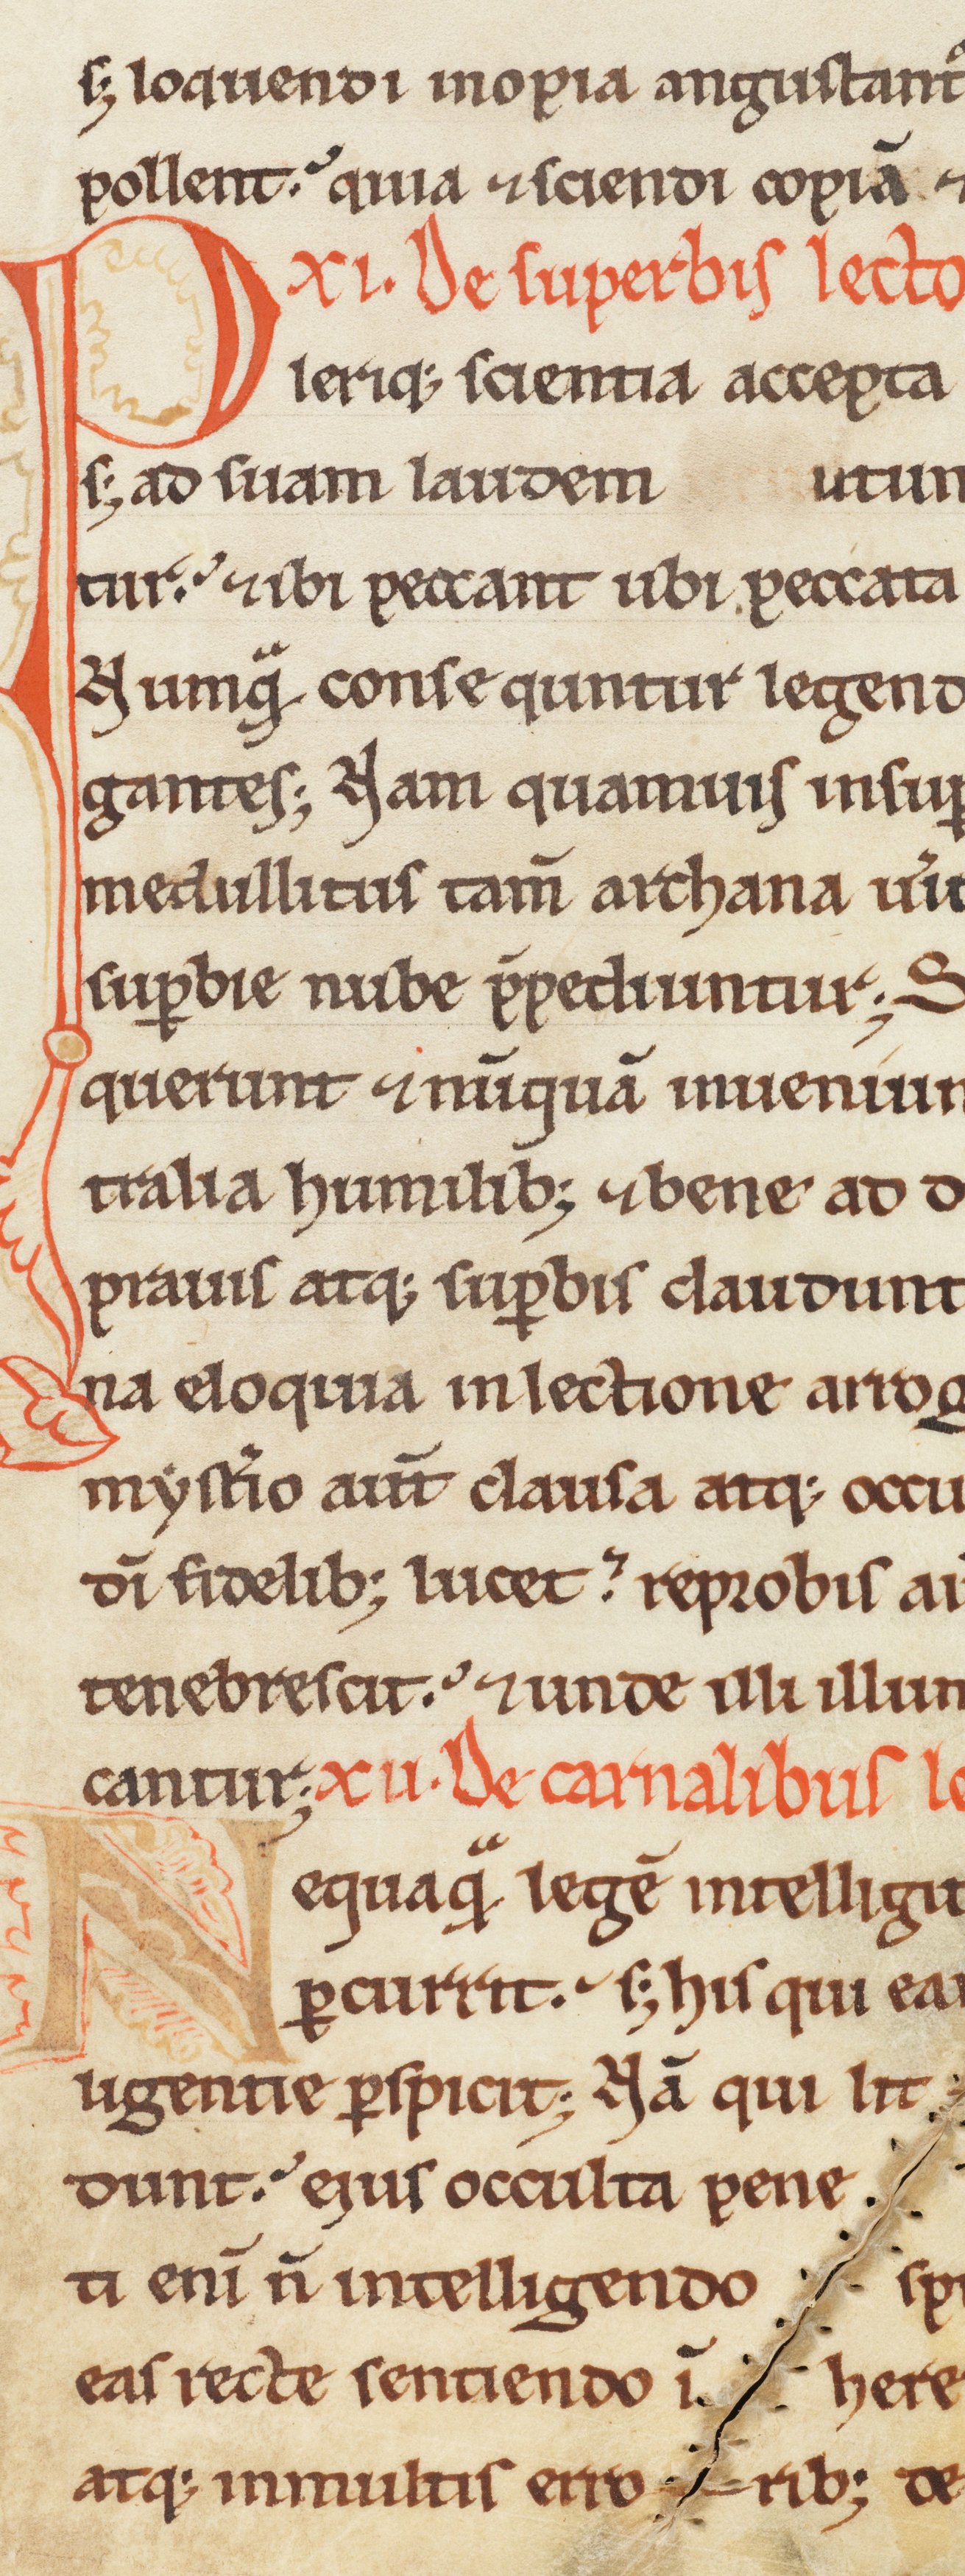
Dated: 1170–1199